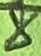
Text: 8